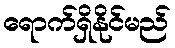
ရောက်ရှိနိုင်မည်